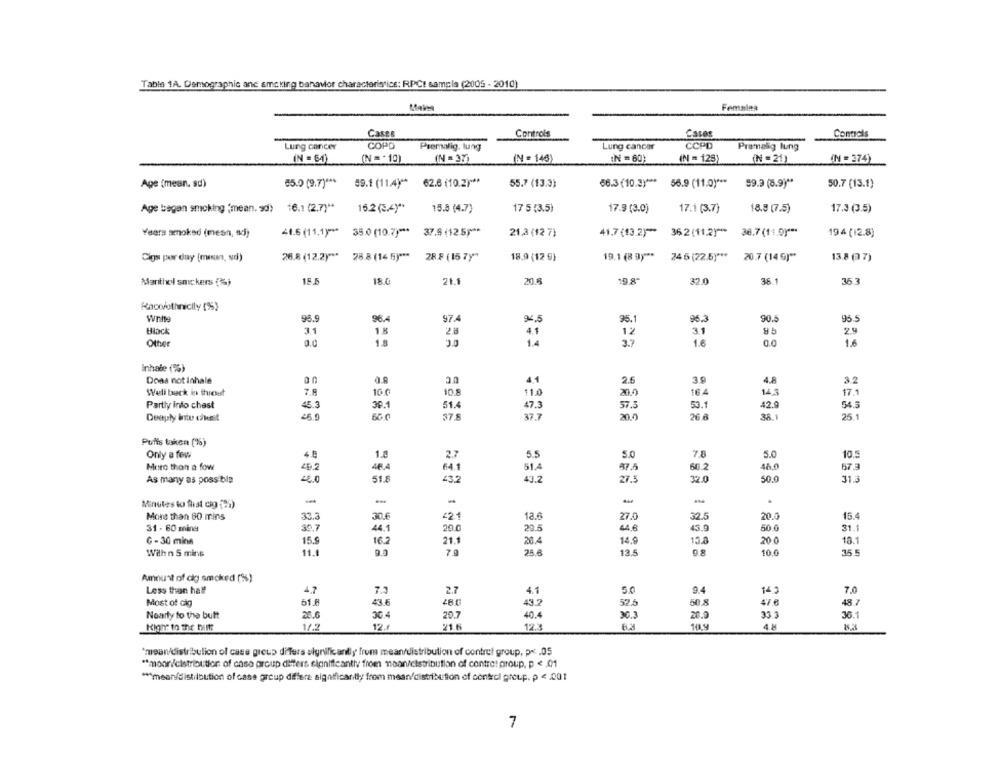
Table 1A. Demographic and smoking banavior characteristics: RPC! sampla (2005 - 2010)
Mains
Femalea
Casts
Controls
Controls
Lung cancer
COPD
Premalig. lung
Lung cancer
Pramalig lung
(N = 64)
(N = * 10)
(N = 37)
(N = 146)
(N = 60)
(N = 125)
(N =21)
(N = 374)
Age (mean, sd)
65.0 (9.7) ***
59.1 (11.4)" 62.6 (10.2) **
55.7 (13.3)
66.3 (10.3) *** 56.9 (11.0) ***
59.3 (8.9) **
50.7 (13.1)
Age began smoking (mean. 9d) 16.1 (2.7) **
16.2 (3.4) **
15.8 (4.7)
17 5 (3.5)
17.9 (3.0)
17.1 (3.7)
18.8 (7.5)
17.3 (3.5)
Yeara smoked (mesn, sd)
41.6 (11,1)" ** 35.0 (10.7)" ** 37.8 (125) **
21.3 (12 7)
41.7 (13.2) **
36.2 (11.2) ***
36.7(11.0)" **
194 (12.8)
Cigs por day [mısın, vd)
26.8 (12.2)"* 28.8 (14 5)" ** 28.F (15 7)"
18.9 (12 5)
19.1 (8 9)"* 245 (22.5)" ** 20.7 (14 5)"
13.8 (7)
Manithel smckers (3%)
15.5
18.6
21.1
20.5
19.8
32.0
36.1
35.3
Racorothnicily (9%)
wnhty
98.9
96.4
97.4
94.5
95.1
95.3
90.5
95.5
Black
31
1 8
4.1
12
3.1
2.9
Other
0.0
1.8
1.4
3.7
1.6
0.0
1.6
Inhale (%)
Dona not inhale
0.A
4.1
26
4.8
32
Well back in throat
7.8
10 0
10.8
110
20.0
16 4
14.3
17.1
45.3
39.1
51.4
47.3
57.5
53.1
42.9
54.5
Partly into chast
Deeply inte cikeit
37.8
37.7
20.0
26 6
35.1
25.1
Puffs taken (%)
Only a few
4.8
1.8
2.7
5.5
5.0
7.8
5.0
10.5
46.4
45.0
More than a fow
4.2
64.1
51.4
87.5
66.2
67.3
As many as possible
4,0
51.8
£3.2
43.2
27.3
32.0
50.0
31.3
-
Minutes to flat cog (aa)
More than 60 mins
33.3
30.6
421
13.6
27.0
32.5
20.5
15.4
44.1
44.6
43.9
31 - 60 mina
30,7
20.0
29.5
50.0
31.1
G -30 mins
15.5
16.2
21.1
20.4
14.9
13.8
20 0
18.1
With n 5 mins
9.0
25.6
13.5
9.8
10.0
35.5
Amount of dig smoked (5%)
Less than half
4.7
7.3
2.7
4.1
5.0
9.4
145
7.0
Most of cig
61.8
436
43.2
52.5
50 8
47 €
48.7
Nearly to the butt
25.6
30.4
20.7
40.4
30.3
20.0
33.3
36.1
12.
21.6
Kigne to the himt
175
12.3
10.9
4.8
*mean/distribution of case group differs significantly from mean/distribution of control group, p< . 05
** moon/cistribution of caso arcup differs significantiv from noon/distribution of contrat proup, p < 01
*** mean/distribution of case group differe significantly from mean/distribution of control group. p < 001
7